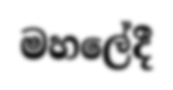
මහලේදී